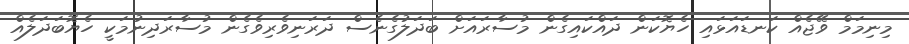
މިނިމަމް ވޭޖެއް ކަނޑައަޅައި ހެޔޮކަން ދައްކައިގެން މުސާރައަށް ބަދަލުގެނެސް ދަރަނިވެރިވެގެން މުސާރަދިނުމަކީ ހެޔޮބަދަލެއް